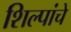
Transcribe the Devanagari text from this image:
शिल्पांचे